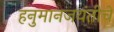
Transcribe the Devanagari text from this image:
हनुमानजयंतीचे